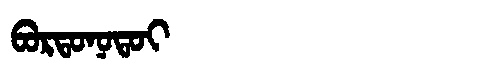
Manchu: ᠪᠣᡵᡨᠣᠨᠣᡨᠣᡳ
Romanization: BORTONOTOI